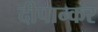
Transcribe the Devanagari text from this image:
दीपान्कर